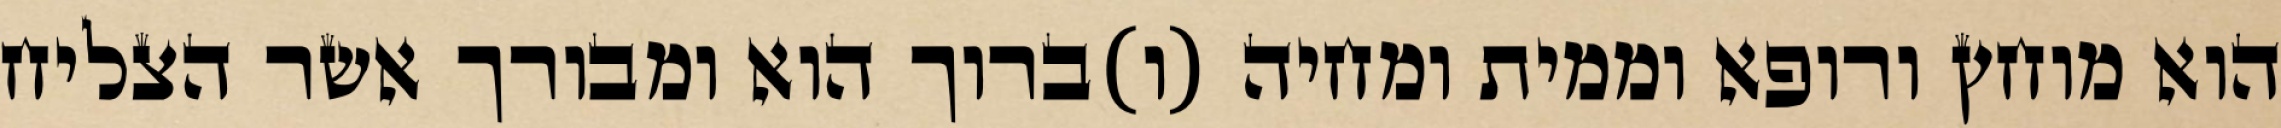
הוא מוחץ ורופא וממית ומחיה (ו)ברוך הוא ומבורך אשר הצליח